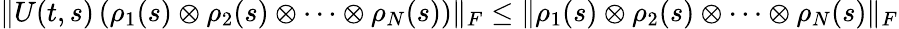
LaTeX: \| U(t,s)\left(\rho_{1}(s)\otimes\rho_{2}(s)\otimes\cdots\otimes\rho_{N}(s)\right)\| _{F}\le\| \rho_{1}(s)\otimes\rho_{2}(s)\otimes\cdots\otimes\rho_{N}(s)\| _{F}